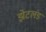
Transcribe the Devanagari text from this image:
झेटलंड